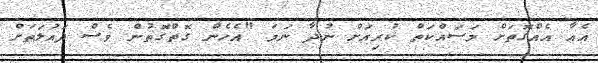
އެއާ އެއްގޮތަށް މަސައްކަތް ކުރިއަށް ނުދާ ނަމަ "އެހެން ގޮތްގޮތުން ވެސް ދައުލަތަށް